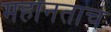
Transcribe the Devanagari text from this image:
महानताच